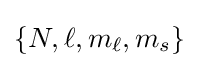
\{N,\ell ,m_{\ell },m_{s}\}